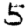
Digit: 5